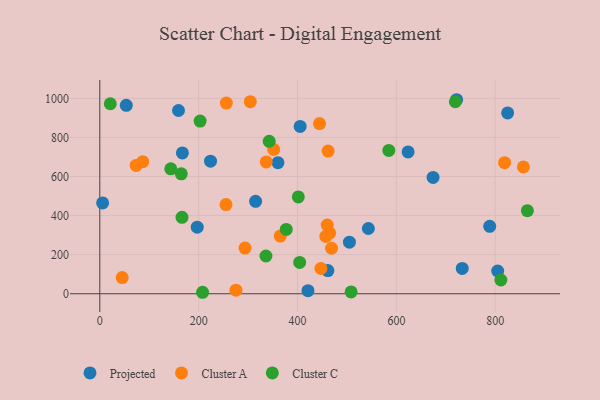
{"axis": {"x": "Engine Size", "y": "Demand"}, "legend": ["Cluster A", "Cluster C", "Projected"], "data": [{"x": "804.9", "y": 116.6, "type": "Projected"}, {"x": "315.2", "y": 473.0, "type": "Projected"}, {"x": "721.8", "y": 993.0, "type": "Projected"}, {"x": "360.4", "y": 670.6, "type": "Projected"}, {"x": "733.2", "y": 129.4, "type": "Projected"}, {"x": "788.8", "y": 345.2, "type": "Projected"}, {"x": "159.2", "y": 937.8, "type": "Projected"}, {"x": "421.1", "y": 16.0, "type": "Projected"}, {"x": "405.3", "y": 856.2, "type": "Projected"}, {"x": "224.0", "y": 678.5, "type": "Projected"}, {"x": "674.2", "y": 595.3, "type": "Projected"}, {"x": "825.1", "y": 925.6, "type": "Projected"}, {"x": "5.7", "y": 465.1, "type": "Projected"}, {"x": "197.1", "y": 340.6, "type": "Projected"}, {"x": "623.7", "y": 725.8, "type": "Projected"}, {"x": "53.6", "y": 964.3, "type": "Projected"}, {"x": "543.3", "y": 334.0, "type": "Projected"}, {"x": "461.4", "y": 118.8, "type": "Projected"}, {"x": "505.0", "y": 264.2, "type": "Projected"}, {"x": "167.1", "y": 720.8, "type": "Projected"}, {"x": "351.8", "y": 738.8, "type": "Cluster A"}, {"x": "465.0", "y": 311.2, "type": "Cluster A"}, {"x": "293.8", "y": 233.9, "type": "Cluster A"}, {"x": "818.9", "y": 671.0, "type": "Cluster A"}, {"x": "275.4", "y": 18.2, "type": "Cluster A"}, {"x": "857.0", "y": 649.1, "type": "Cluster A"}, {"x": "457.2", "y": 293.5, "type": "Cluster A"}, {"x": "336.7", "y": 674.8, "type": "Cluster A"}, {"x": "468.9", "y": 232.8, "type": "Cluster A"}, {"x": "365.1", "y": 295.3, "type": "Cluster A"}, {"x": "73.5", "y": 656.7, "type": "Cluster A"}, {"x": "460.1", "y": 351.4, "type": "Cluster A"}, {"x": "45.3", "y": 82.9, "type": "Cluster A"}, {"x": "444.5", "y": 870.7, "type": "Cluster A"}, {"x": "256.0", "y": 975.8, "type": "Cluster A"}, {"x": "447.3", "y": 129.3, "type": "Cluster A"}, {"x": "86.8", "y": 675.9, "type": "Cluster A"}, {"x": "304.5", "y": 983.1, "type": "Cluster A"}, {"x": "461.9", "y": 730.0, "type": "Cluster A"}, {"x": "255.3", "y": 456.4, "type": "Cluster A"}, {"x": "143.6", "y": 639.4, "type": "Cluster C"}, {"x": "202.9", "y": 883.7, "type": "Cluster C"}, {"x": "336.1", "y": 193.2, "type": "Cluster C"}, {"x": "811.4", "y": 70.3, "type": "Cluster C"}, {"x": "342.7", "y": 779.9, "type": "Cluster C"}, {"x": "584.7", "y": 733.6, "type": "Cluster C"}, {"x": "865.0", "y": 425.1, "type": "Cluster C"}, {"x": "377.2", "y": 329.0, "type": "Cluster C"}, {"x": "166.3", "y": 391.4, "type": "Cluster C"}, {"x": "207.9", "y": 7.6, "type": "Cluster C"}, {"x": "719.3", "y": 982.7, "type": "Cluster C"}, {"x": "21.2", "y": 972.5, "type": "Cluster C"}, {"x": "164.8", "y": 614.0, "type": "Cluster C"}, {"x": "404.3", "y": 160.6, "type": "Cluster C"}, {"x": "401.6", "y": 495.6, "type": "Cluster C"}, {"x": "508.4", "y": 9.2, "type": "Cluster C"}]}